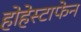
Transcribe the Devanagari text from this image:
होहेस्टाफेन